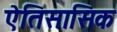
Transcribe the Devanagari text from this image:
ऐतिसासिक